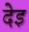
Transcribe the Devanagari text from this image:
देइ